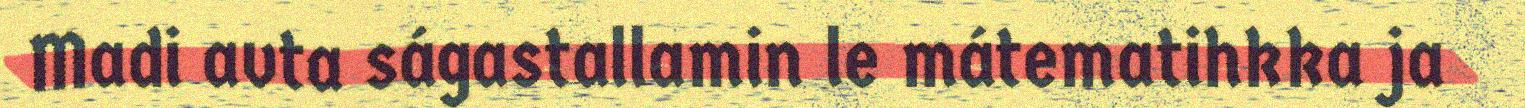
Madi avta ságastallamin le mátematihkka ja